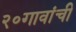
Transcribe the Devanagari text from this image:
२०गावांची